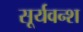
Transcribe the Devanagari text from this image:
सूर्यवन्श